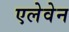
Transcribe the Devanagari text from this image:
एलेवेन